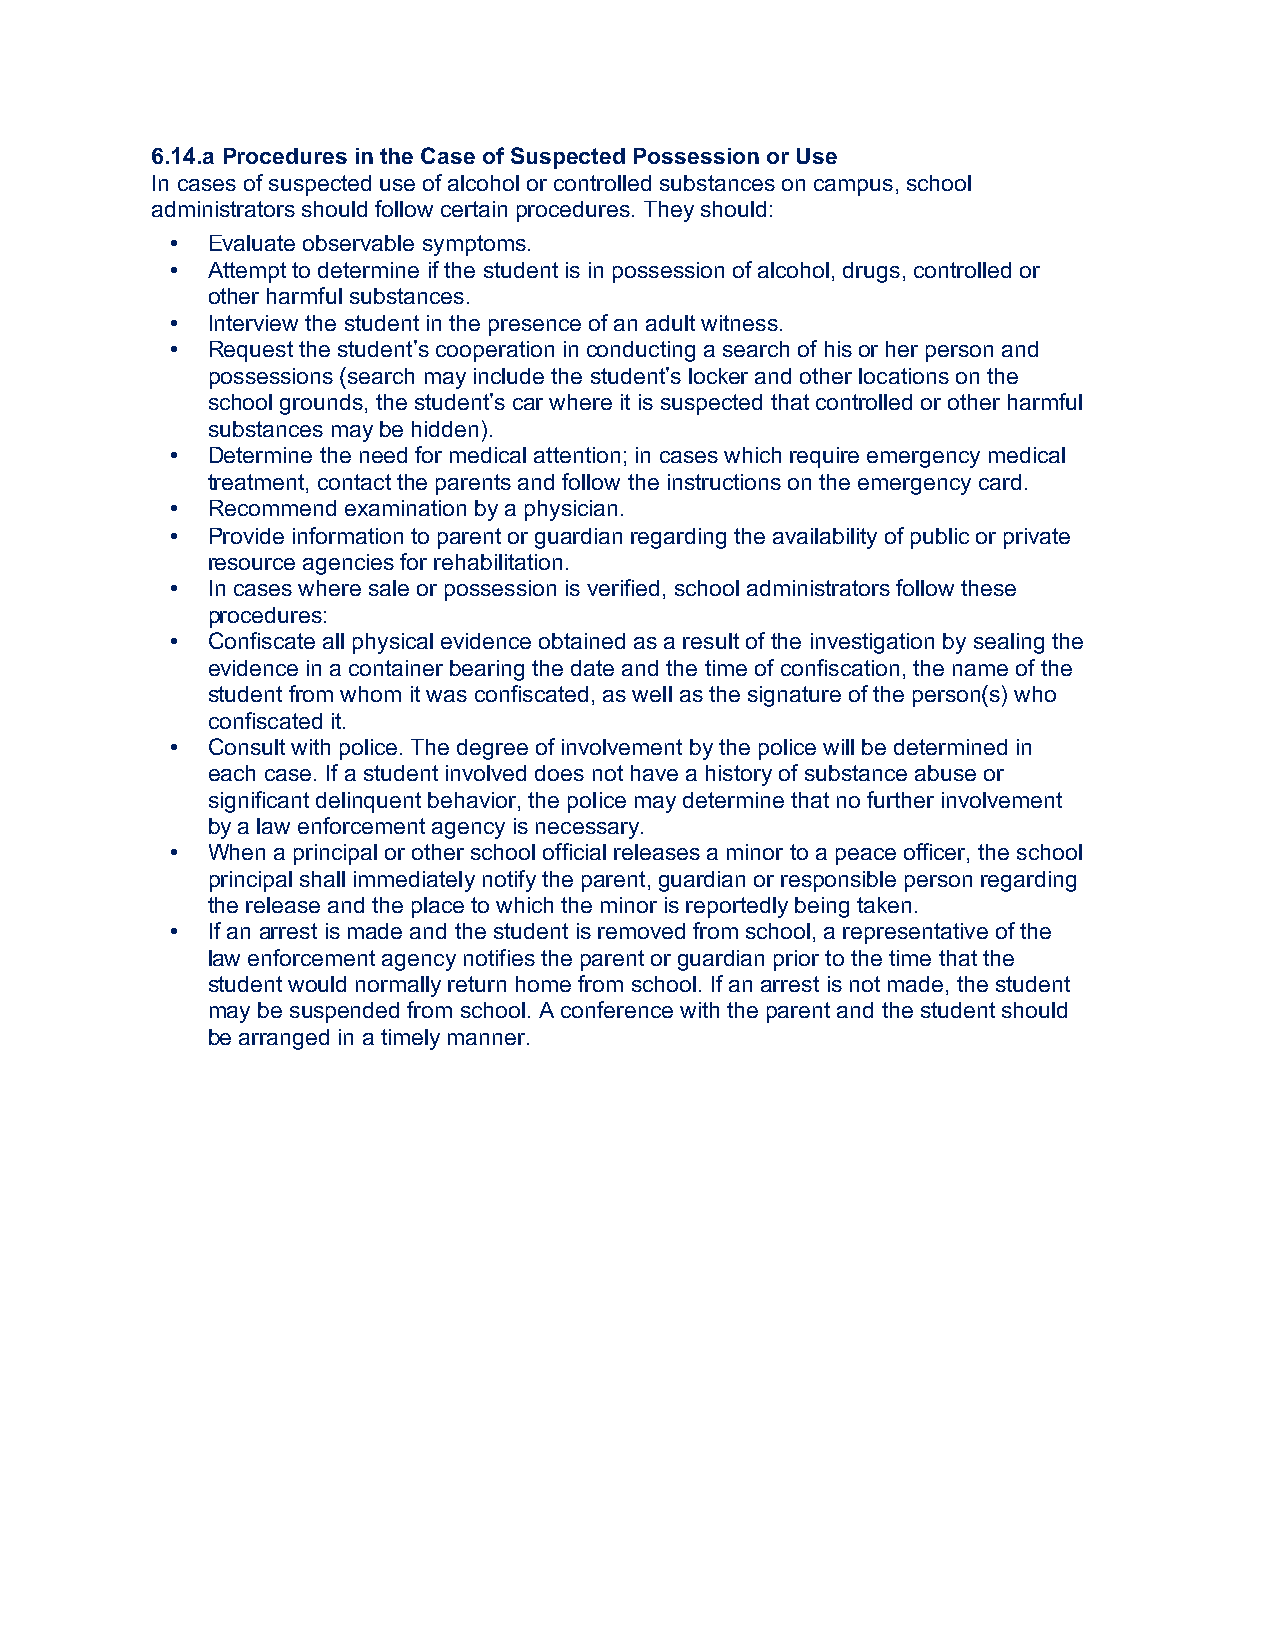
6.14.a Procedures in the Case of Suspected Possession or Use
 In cases of suspected use of alcohol or controlled substances on campus, school
 administrators should follow certain procedures. They should:
 •  Evaluate observable symptoms.
 •  Attempt to determine if the student is in possession of alcohol, drugs, controlled or
 other harmful substances.
 •  Interview the student in the presence of an adult witness.
 •  Request the student’s cooperation in conducting a search of his or her person and
 possessions (search may include the student’s locker and other locations on the
 school grounds, the student’s car where it is suspected that controlled or other harmful
 substances may be hidden).
 •  Determine the need for medical attention; in cases which require emergency medical
 treatment, contact the parents and follow the instructions on the emergency card.
 •  Recommend examination by a physician.
 •  Provide information to parent or guardian regarding the availability of public or private
 resource agencies for rehabilitation.
 •  In cases where sale or possession is verified, school administrators follow these
 procedures:
 •  Confiscate all physical evidence obtained as a result of the investigation by sealing the
 evidence in a container bearing the date and the time of confiscation, the name of the
 student from whom it was confiscated, as well as the signature of the person(s) who
 confiscated it.
 •  Consult with police. The degree of involvement by the police will be determined in
 each case. If a student involved does not have a history of substance abuse or
 significant delinquent behavior, the police may determine that no further involvement
 by a law enforcement agency is necessary.
 •  When a principal or other school official releases a minor to a peace officer, the school
 principal shall immediately notify the parent, guardian or responsible person regarding
 the release and the place to which the minor is reportedly being taken.
 •  If an arrest is made and the student is removed from school, a representative of the
 law enforcement agency notifies the parent or guardian prior to the time that the
 student would normally return home from school. If an arrest is not made, the student
 may be suspended from school. A conference with the parent and the student should
 be arranged in a timely manner.